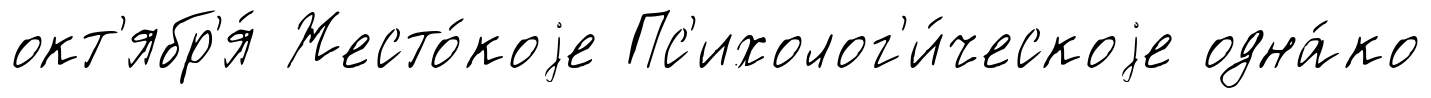
окт'ябр'я́ Жесто́коjе Пс'ихолог'и́ческоjе одна́ко